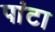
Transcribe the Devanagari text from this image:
पांटा